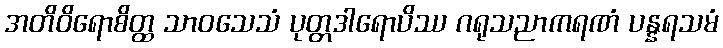
အတိဝိရောစိတ္ထ သာဝသေသံ ပုတ္တဒါရောပိဿ ဂရုသညာကရဏံ ပန္နရသမံ